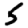
Digit: 5